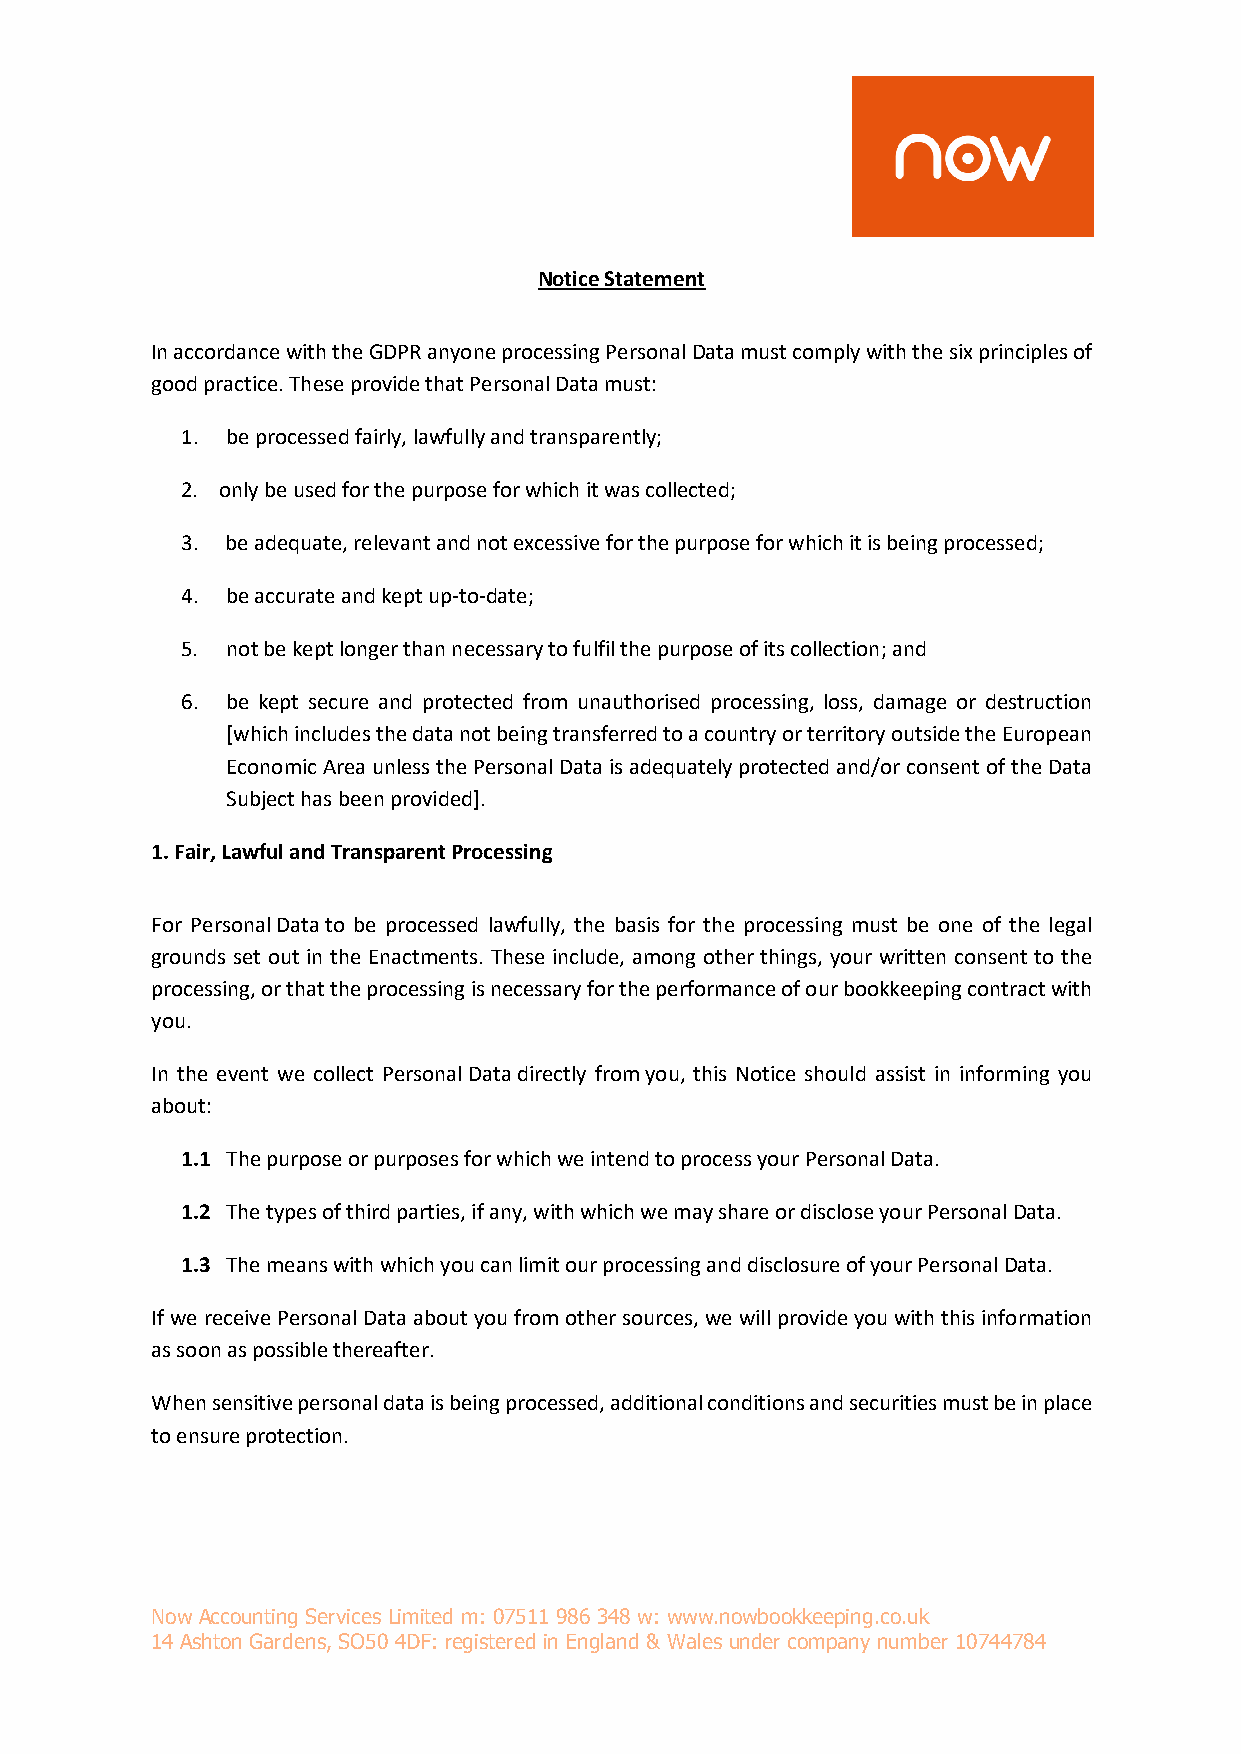
Notice Statement
 In accordance with the GDPR anyone processing Personal Data must comply with the six principles of
 good practice. These provide that Personal Data must:
 1. be processed fairly, lawfully and transparently;
 2. only be used for the purpose for which it was collected;
 3. be adequate, relevant and not excessive for the purpose for which it is being processed;
 4. be accurate and kept up-to-date;
 5. not be kept longer than necessary to fulfil the purpose of its collection; and
 6. be kept secure and protected from unauthorised processing, loss, damage or destruction
 [which includes the data not being transferred to a country or territory outside the European
 Economic Area unless the Personal Data is adequately protected and/or consent of the Data
 Subject has been provided].
 1. Fair, Lawful and Transparent Processing
 For Personal Data to be processed lawfully, the basis for the processing must be one of the legal
 grounds set out in the Enactments. These include, among other things, your written consent to the
 processing, or that the processing is necessary for the performance of our bookkeeping contract with
 you.
 In the event we collect Personal Data directly from you, this Notice should assist in informing you
 about:
 1.1 The purpose or purposes for which we intend to process your Personal Data.
 1.2 The types of third parties, if any, with which we may share or disclose your Personal Data.
 1.3 The means with which you can limit our processing and disclosure of your Personal Data.
 If we receive Personal Data about you from other sources, we will provide you with this information
 as soon as possible thereafter.
 When sensitive personal data is being processed, additional conditions and securities must be in place
 to ensure protection.
 Now Accounting Services Limited m: 07511 986 348 w: www.nowbookkeeping.co.uk
 14 Ashton Gardens, SO50 4DF: registered in England & Wales under company number 10744784